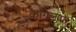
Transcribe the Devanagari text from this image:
कगिलाफ